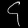
Digit: ၄